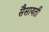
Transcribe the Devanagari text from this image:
सैसायती